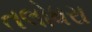
તલોધરા